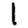
Digit: 1